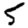
Digit: 5